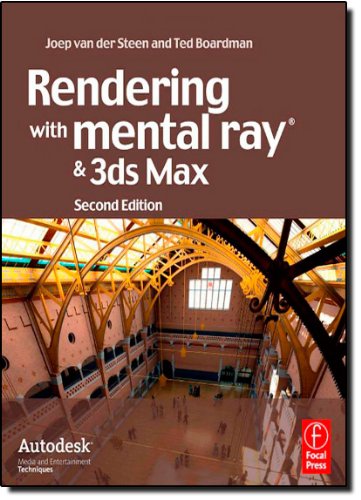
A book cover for Rendering with mental ray and 3ds Max (Autodesk Media and Entertainment Techniques); Joep van der Steen; Computers & Technology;